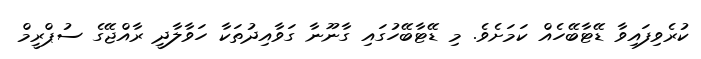
ކުރެވިފައިވާ ޑޭޓާބޭހެއް ކަމަށެވެ. މި ޑޭޓާބޭހުގައި ގާނޫނާ ގަވާއިދުތަކާ ހަވާލާދީ ރާއްޖޭގެ ސުޕްރީމް